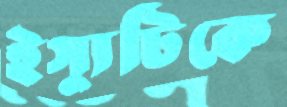
ইস্যুটিকে